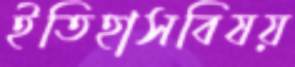
ইতিহাসবিষয়